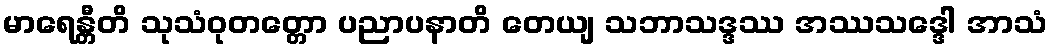
မာရေန္တီတိ သုသံဝုတတ္တော ပညာပနာတိ တေယျ သဘာသဒ္ဒဿ အဿသဒ္ဒေါ အာသံ